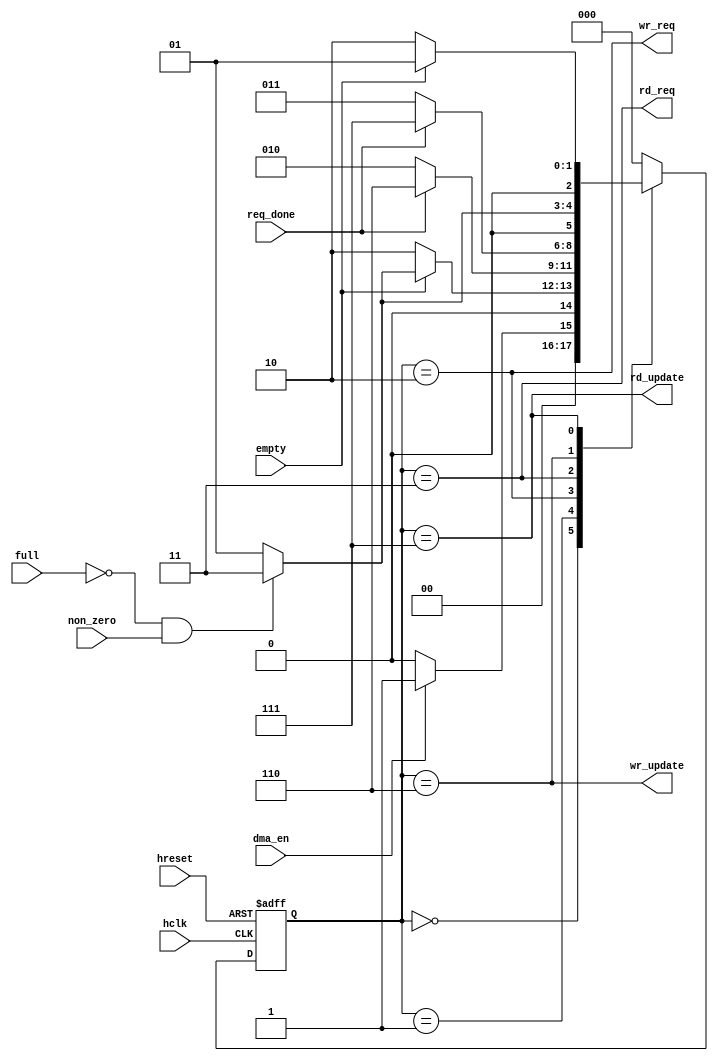
/***********************************************************************
*
*               High Speed AMBA Bus (AHB) Interface Example
*                   for "QuickMIPS" QL901M-680 Device
*                              busreq_sm.v
*
*                          Copyright (c) 2002
*                           QuickLogic, Corp.
*																			   
*
************************************************************************/
// First Draft (5/21/2002 H. Kim)

`timescale 1ns/10ps

module busreq_sm (
		hclk,
		hreset,
		dma_en,
		req_done,
		full,
		empty,
		non_zero,
		rd_req,
		wr_req,
		rd_update,
		wr_update
		);

input			hclk;
input			hreset;
input			dma_en;
input			req_done;
input			full;
input			empty;
input			non_zero;
output			rd_req;
output			wr_req;
output			rd_update;	// Read Address Update
output			wr_update;	// Write Address Update

reg		[2:0]	state;
reg		[2:0]	nextstate;
wire			rd_req;
wire			wr_req;
wire			rd_update;
wire			wr_update;

// ******************************************************
// Parameter Definition for State
// ******************************************************
parameter         IDLE                = 3'b000;
parameter         INIT                = 3'b001;
parameter         WRREQ               = 3'b010;
parameter         RDREQ               = 3'b011;
parameter         WRDONE              = 3'b110;
parameter         RDDONE              = 3'b111;

assign rd_req = (state == RDREQ);
assign wr_req = (state == WRREQ);
assign rd_update = (state == RDDONE);
assign wr_update = (state == WRDONE);

always @(posedge hclk or posedge hreset)
	if (hreset) begin
		state <= #1 IDLE;
	end
	else begin
		state <= #1 nextstate;
	end

always @(state or dma_en or empty or full or non_zero or req_done)
	case(state)
		IDLE: 	if (dma_en)
						nextstate = INIT;
				else
						nextstate = IDLE;
		INIT:  	if (!empty)
						nextstate = WRREQ;	
				else if (!full && non_zero)
						nextstate = RDREQ;
				else 
						nextstate = INIT;
		WRREQ:  if (req_done)
						nextstate = WRDONE;
				else
						nextstate = WRREQ;
		RDREQ:  if (req_done)
						nextstate = RDDONE;
				else
						nextstate = RDREQ;
		WRDONE:	if (!full && non_zero) 
						nextstate = RDREQ;
				else
						nextstate = INIT;
		RDDONE: if (!empty)
						nextstate = WRREQ;	
				else 
						nextstate = INIT;
		default:	nextstate = IDLE;
	endcase

endmodule